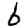
Digit: 6